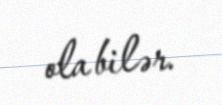
ola bilər.